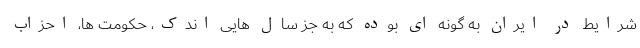
شرایط در ایران به گونه ای بوده که به جز سال هایی اندک، حکومت ها، احزاب